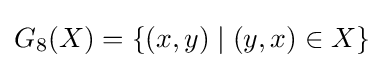
G_{8}(X)=\{(x,y)\mid (y,x)\in X\}